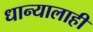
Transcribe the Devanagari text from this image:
धान्यालाही